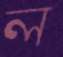
ল